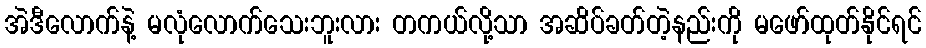
အဲဒီလောက်နဲ့ မလုံလောက်သေးဘူးလား တကယ်လို့သာ အဆိပ်ခတ်တဲ့နည်းကို မဖော်ထုတ်နိုင်ရင်